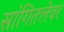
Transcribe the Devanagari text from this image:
सांगितलेवर